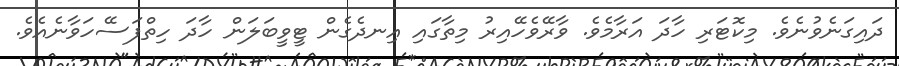
ދައިގަނެވުނެވެ. މިކޮޓަރި ހާދަ އަރާމެވެ. ވާރޭވެހޭއިރު މިތާގައި އިނދެގެން ޓީވީބަލަން ހާދަ ހިތްފަސޭހަވާނެއެވެ.